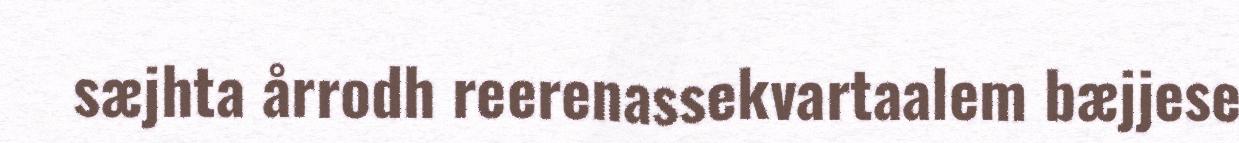
sæjhta årrodh reerenassekvartaalem bæjjese